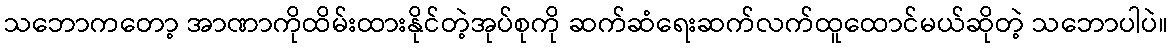
သဘောကတော့ အာဏာကိုထိမ်းထားနိုင်တဲ့အုပ်စုကို ဆက်ဆံရေးဆက်လက်ထူထောင်မယ်ဆိုတဲ့ သဘောပါပဲ။